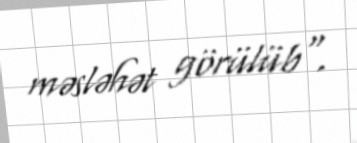
məsləhət görülüb".